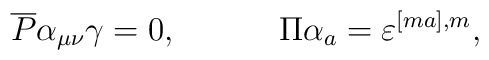
\overline{P}\alpha_{\mu\nu}\gamma=0,\hspace{0.5in}\Pi\alpha_a=\varepsilon^{[ma],m},